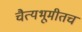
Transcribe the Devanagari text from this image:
चैत्यभूमीतच